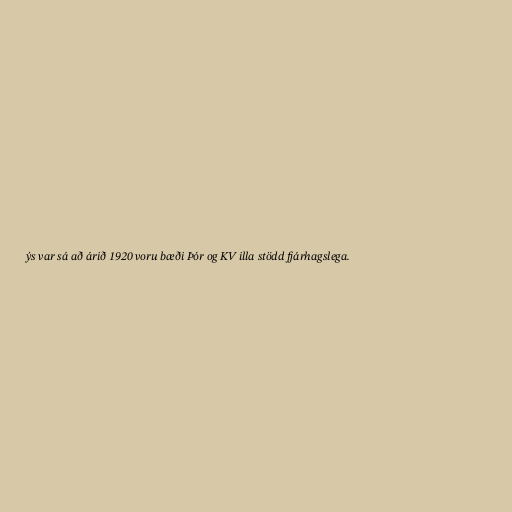
ýs var sá að árið 1920 voru bæði Þór og KV illa stödd fjárhagslega.